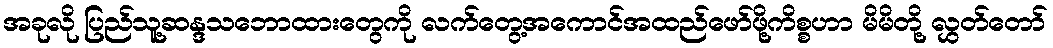
အခုလို ပြည်သူ့ဆန္ဒသဘောထားတွေကို လက်တွေ့အကောင်အထည်ဖော်ဖို့ကိစ္စဟာ မိမိတို့ လွှတ်တော်